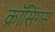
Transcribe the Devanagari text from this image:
क्रॉसिंगस्